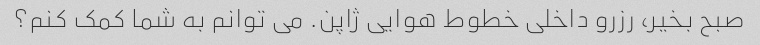
صبح بخیر، رزرو داخلی خطوط هوایی ژاپن. می توانم به شما کمک کنم؟